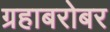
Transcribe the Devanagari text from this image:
ग्रहाबरोबर